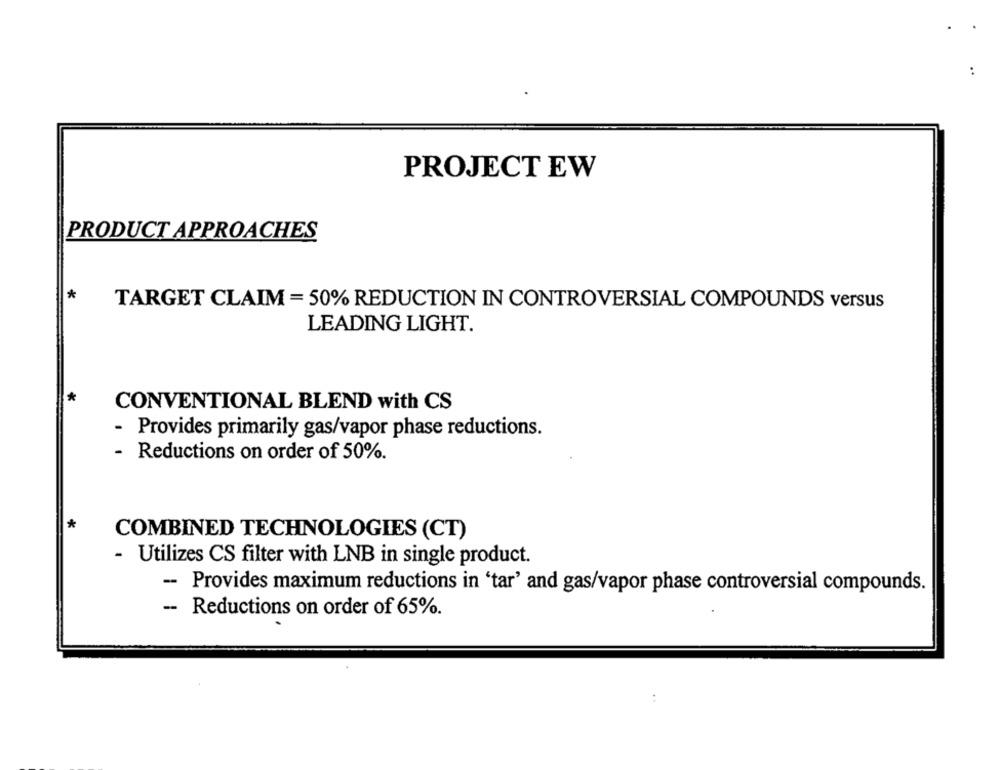
PROJECT EW
PRODUCT APPROACHES
*
TARGET CLAIM = 50% REDUCTION IN CONTROVERSIAL COMPOUNDS versus
LEADING LIGHT.
CONVENTIONAL BLEND with CS
- Provides primarily gas/vapor phase reductions.
- Reductions on order of 50%.
*
COMBINED TECHNOLOGIES (CT)
- Utilizes CS filter with LNB in single product.
-- Provides maximum reductions in 'tar' and gas/vapor phase controversial compounds.
-- Reductions on order of 65%.